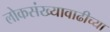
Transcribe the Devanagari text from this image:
लोकसंख्यावाढीच्या